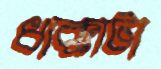
ধাক্কাটা